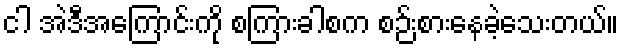
ငါ အဲဒီအကြောင်းကို စကြားခါစက စဉ်းစားနေခဲ့သေးတယ်။